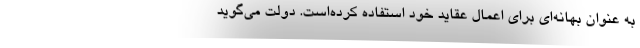
به عنوان بهانه‌ای برای اعمال عقاید خود استفاده کرده‌است. دولت می‌گوید